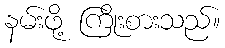
နမ်းဖို့ ကြိုးစားသည်။